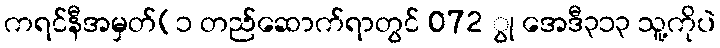
ကရင်နီအမှတ်(၁ တည်ဆောက်ရာတွင် 072 ွု အေဒီ၃၁၃ သူ့ကိုပဲ